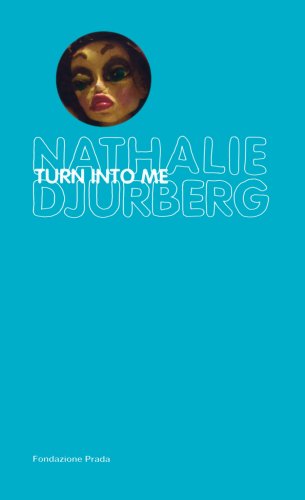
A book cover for Nathalie Djurberg: Turn Into Me; Germano Celant; Arts & Photography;